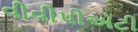
વીવીપીએટી